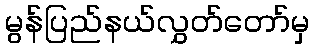
မွန်ပြည်နယ်လွှတ်တော်မှ